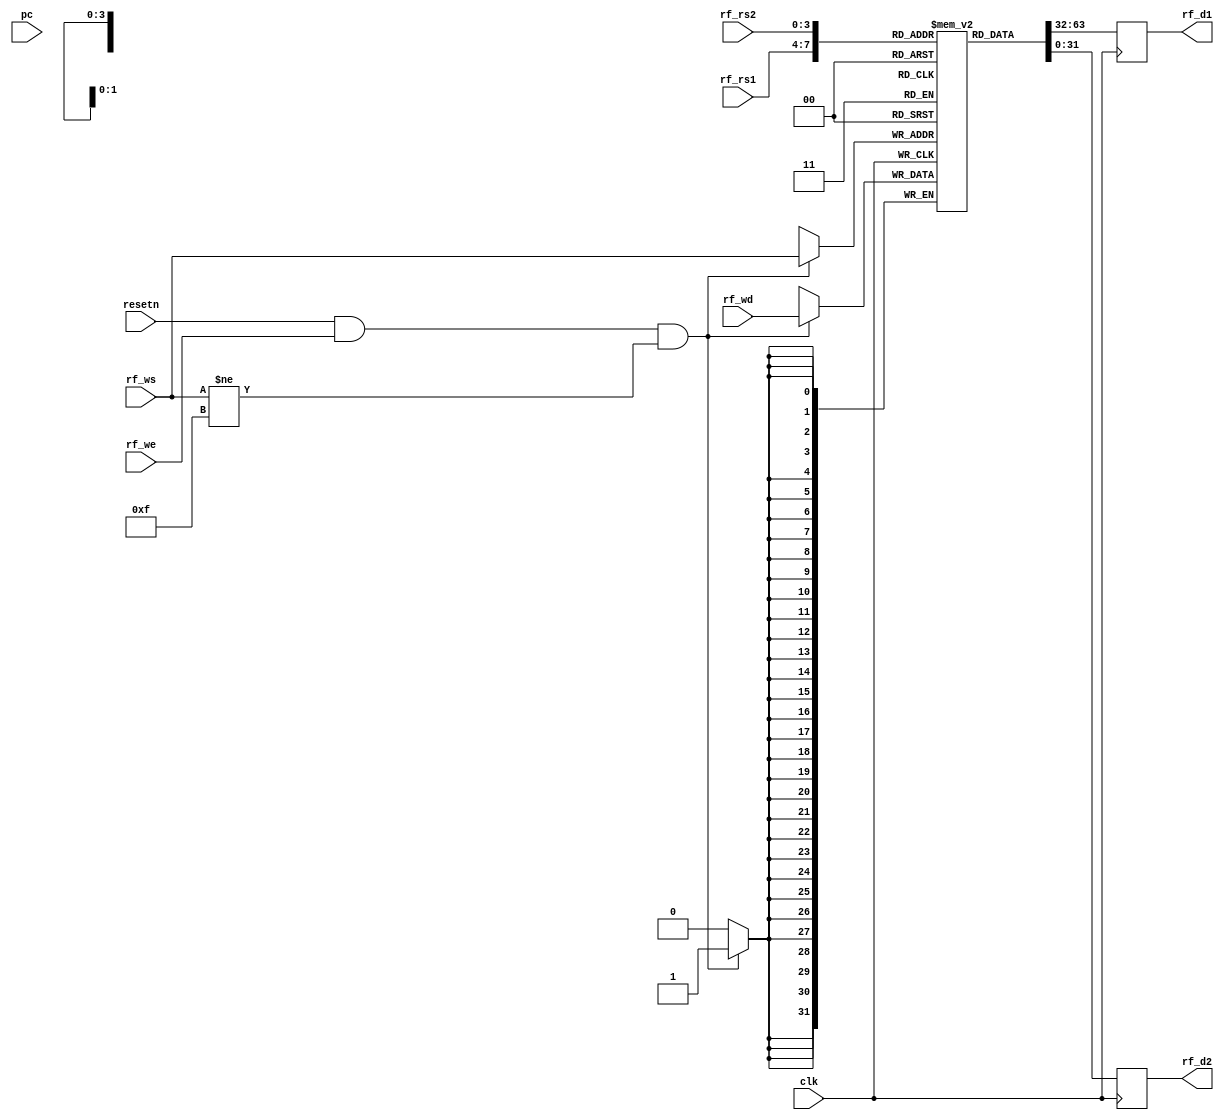
module reg_file(
    input wire clk, resetn,
    input wire [reg_addr_width - 1:0] rf_rs1, rf_rs2,   // registers address
    input wire [reg_width - 1: 0] rf_wd,
    input wire [reg_addr_width - 1:0] rf_ws,            // write address
    input wire rf_we,                                   // write enable    
    input wire [reg_width - 1: 0] pc,
    output reg [reg_width - 1:0] rf_d1, rf_d2          // output reg data
);
parameter nreg = 16;
parameter reg_width = 32;
parameter reg_addr_width = 4;

reg [reg_width - 1:0] rf[0:nreg - 1];  // Define 15, 32-bit registers, (R15 = PC)

  always @(posedge clk) begin
    // rf_d1 <= (rf_rs1 == 4'hF) ? pc : rf[rf_rs1];
    // rf_d2 <= (rf_rs2 == 4'hF) ? pc : rf[rf_rs2];
    rf_d1 <= rf[rf_rs1];
    rf_d2 <= rf[rf_rs2];

    if (resetn && rf_we && (rf_ws != 15))
      rf[rf_ws] <= rf_wd;
  end

endmodule